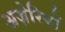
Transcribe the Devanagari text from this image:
अज़ेरियों